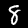
Label: 8